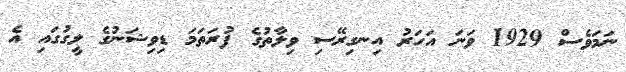
ނަމަވެސް 1929 ވަނަ އަހަރު އިނގިރޭސި ވިލާތުގެ ފުރަތަމަ ޑިވިޝަނުގެ ލީގުގައި އެ